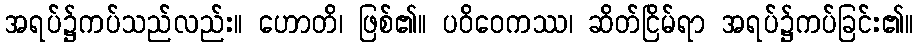
အရပ်၌ကပ်သည်လည်း။ ဟောတိ၊ ဖြစ်၏။ ပဝိဝေကဿ၊ ဆိတ်ငြိမ်ရာ အရပ်၌ကပ်ခြင်း၏။